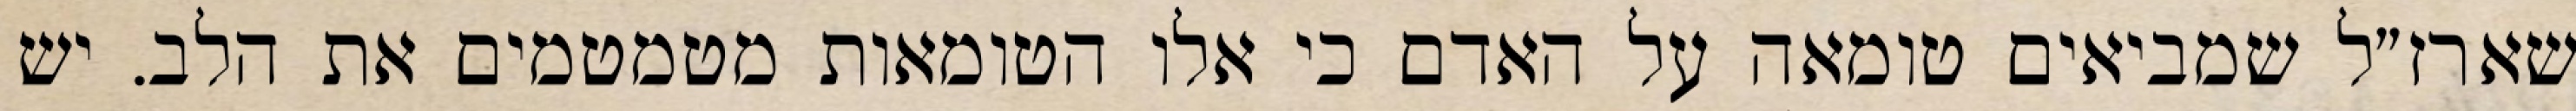
שארז״ל שמביאים טומאה על האדם כי אלו הטומאות מטמטמים את הלב. יש